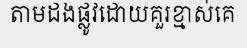
តាមដងផ្លូវដោយគួរខ្មាស់គេ